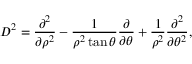
D ^ { 2 } = \frac { \partial ^ { 2 } } { \partial \rho ^ { 2 } } - \frac { 1 } { \rho ^ { 2 } \tan \theta } \frac { \partial } { \partial \theta } + \frac { 1 } { \rho ^ { 2 } } \frac { \partial ^ { 2 } } { \partial \theta ^ { 2 } } ,